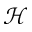
\mathcal { H }